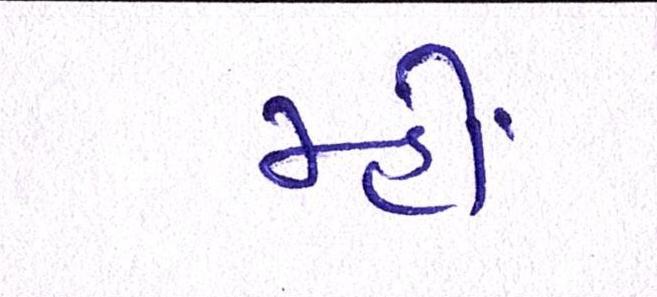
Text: મ્હોં